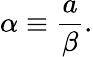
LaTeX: \alpha\equiv\frac{a}{\beta}.